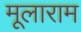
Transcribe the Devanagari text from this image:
मूलाराम